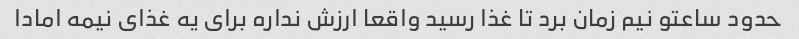
حدود ساعتو نیم زمان برد تا غذا رسید واقعا ارزش نداره برای یه غذای نیمه امادا